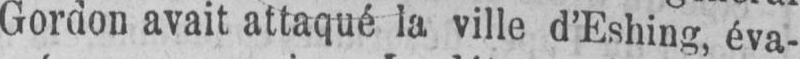
Gordon avait attaqué la ville d’Eshing, éva-